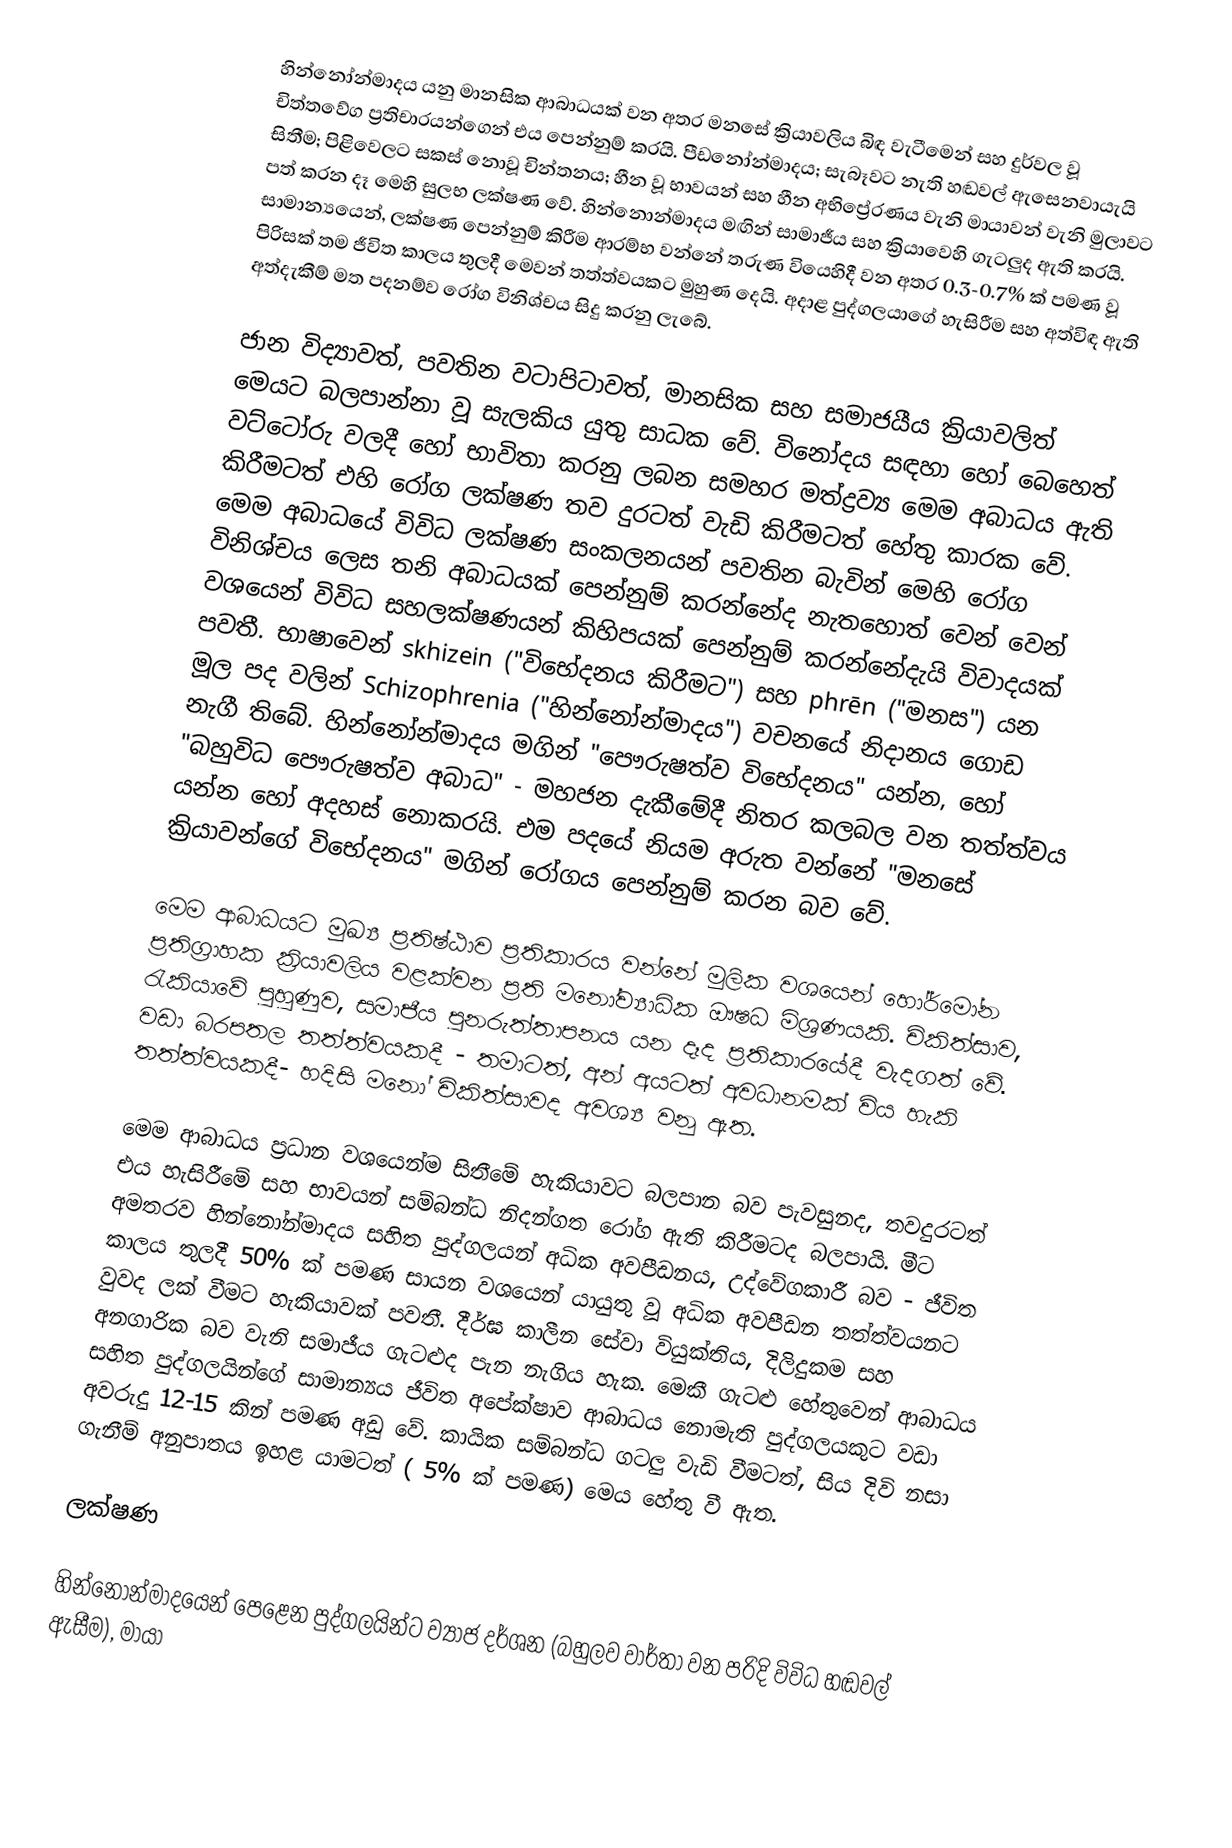
හින්නෝන්මාදය  යනු මානසික ආබාධයක් වන අතර මනසේ ක්‍රියාවලිය බිඳ වැටීමෙන් සහ දුර්වල වූ චිත්තවේග ප්‍රතිචාරයන්ගෙන් එය පෙන්නුම් කරයි. පීඩනෝන්මාදය; සැබෑවට නැති හඬවල් ඇසෙනවායැයි සිතීම; පිළිවෙලට සකස් නොවූ චින්තනය; හීන වූ භාවයන් සහ හීන අභිප්‍රේරණය වැනි මායාවන් වැනි මුලාවට පත් කරන දෑ මෙහි සුලභ ලක්ෂණ වේ. හින්නොන්මාදය මඟින් සාමාජීය සහ ක්‍රියාවෙහි ගැටලුද ඇති කරයි. සාමාන්‍යයෙන්, ලක්ෂණ පෙන්නුම් කිරීම ආරම්භ වන්නේ තරුණ වියෙහිදී වන අතර 0.3-0.7% ක් පමණ වූ පිරිසක් තම ජීවිත කාලය තුලදී මෙවන් තත්ත්වයකට මුහුණ දෙයි. අදාළ පුද්ගලයාගේ හැසිරීම සහ අත්විඳ ඇති අත්දැකීම් මත පදනම්ව රෝග විනිශ්චය සිදු කරනු ලැබේ.

ජාන විද්‍යාවත්, පවතින වටාපිටාවත්, මානසික සහ සමාජයීය ක්‍රියාවලිත් මෙයට බලපාන්නා වූ සැලකිය යුතු සාධක වේ. විනෝදය සඳහා හෝ බෙහෙත් වට්ටෝරු වලදී හෝ භාවිතා කරනු ලබන සමහර මත්ද්‍රව්‍ය මෙම අබාධය ඇති කිරීමටත් එහි රෝග ලක්ෂණ තව දුරටත් වැඩි කිරීමටත් හේතු කාරක වේ. මෙම අබාධයේ විවිධ ලක්ෂණ සංකලනයන් පවතින බැවින් මෙහි රෝග විනිශ්චය ලෙස තනි අබාධයක් පෙන්නුම් කරන්නේද නැතහොත් වෙන් වෙන් වශයෙන් විවිධ සහලක්ෂණයන් කිහිපයක් පෙන්නුම් කරන්නේදැයි විවාදයක් පවතී.  භාෂාවෙන් skhizein ("විභේදනය කිරීමට") සහ phrēn ("මනස") යන මූල පද වලින් Schizophrenia ("හින්නෝන්මාදය") වචනයේ නිදානය ගොඩ නැගී තිබේ. හින්නෝන්මාදය මගින් "පෞරුෂත්ව විභේදනය" යන්න, හෝ "බහුවිධ පෞරුෂත්ව අබාධ" - මහජන දැකීමේදී නිතර කලබල වන තත්ත්වය යන්න හෝ අදහස් නොකරයි. එම පදයේ නියම අරුත වන්නේ "මනසේ ක්‍රියාවන්ගේ විභේදනය" මගින් රෝගය පෙන්නුම් කරන බව වේ.

මෙම ආබාධයට මුඛ්‍ය ප්‍රතිෂ්ඨාව ප්‍රතිකාරය වන්නේ මුලික වශයෙන් හෝර්මෝන ප්‍රතිග්‍රාහක ක්‍රියාවලිය වළක්වන ප්‍රති මනෝව්‍යාධික ඖෂධ මිශ්‍රණයකි. චිකිත්සාව, රැකියාවේ පුහුණුව, සමාජීය පුනරුත්තාපනය යන දෑද ප්‍රතිකාරයේදී වැදගත් වේ. වඩා බරපතල තත්ත්වයකදී - තමාටත්, අන් අයටත් අවධානමක් විය හැකි තත්ත්වයකදී- හදිසි මනෝ චිකිත්සාවද අවශ්‍ය වනු ඇත.

මෙම ආබාධය ප්‍රධාන වශයෙන්ම සිතීමේ හැකියාවට බලපාන බව පැවසුනද, තවදුරටත් එය හැසිරීමේ සහ භාවයන් සම්බන්ධ නිදන්ගත රෝග ඇති කිරීමටද බලපායි. මීට අමතරව හින්නෝන්මාදය සහිත පුද්ගලයන් අධික අවපීඩනය, උද්වේගකාරී බව - ජීවිත කාලය තුලදී 50% ක් පමණ සායන වශයෙන් යායුතු වූ අධික අවපීඩන තත්ත්වයනට වුවද ලක් වීමට හැකියාවක් පවතී. දීර්ඝ කාලීන සේවා වියුක්තිය, දිලිදුකම සහ අනගාරික බව වැනි සමාජීය ගැටළුද පැන නැගිය හැක.  මෙකී ගැටළු හේතුවෙන් ආබාධය සහිත පුද්ගලයින්ගේ සාමාන්‍යය ජීවිත අපේක්ෂාව ආබාධය නොමැති පුද්ගලයකුට වඩා අවරුදු 12-15 කින් පමණ අඩු වේ. කායික සම්බන්ධ ගටලු වැඩි වීමටත්, සිය දිවි නසා ගැනීම් අනුපාතය ඉහළ යාමටත් ( 5% ක් පමණ) මෙය හේතු වී ඇත.

ලක්ෂණ

හින්නෝන්මාදයෙන් පෙළෙන පුද්ගලයින්ට ව්‍යාජ දර්ශන (බහුලව වාර්තා වන පරිදි විවිධ හඬවල් ඇසීම), මායා